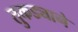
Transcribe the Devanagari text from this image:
तुकड्याने